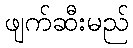
ဖျက်ဆီးမည်